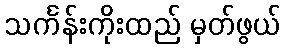
သင်္ကန်းကိုးထည် မှတ်ဖွယ်